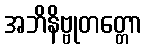
အဘိနိဗ္ဗုတတ္တော